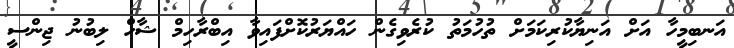
އަނބިމީހާ އަށް އަނިޔާކުރިކަމަށް ތުހުމަތު ކުރެވިގެން ހައްޔަރުކޮށްފައިވާ އިބްރާހިމް ޝާހް ލިބުނު ޖިންސީ